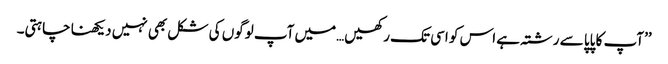
’’آپ کا پاپا سے رشتہ ہے اس کو اسی تک رکھیں…میں آپ لوگوں کی شکل بھی نہیں دیکھنا چاہتی۔